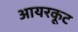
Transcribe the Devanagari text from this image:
आयरकूट